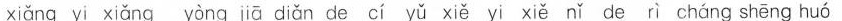
xiǎng yi xiǎng yòng jiā diǎn de cí yǔ xiě yi xiě nǐ de rì cháng shēng huó